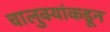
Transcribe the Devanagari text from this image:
चालुक्यांकडून